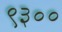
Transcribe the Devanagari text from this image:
९३००